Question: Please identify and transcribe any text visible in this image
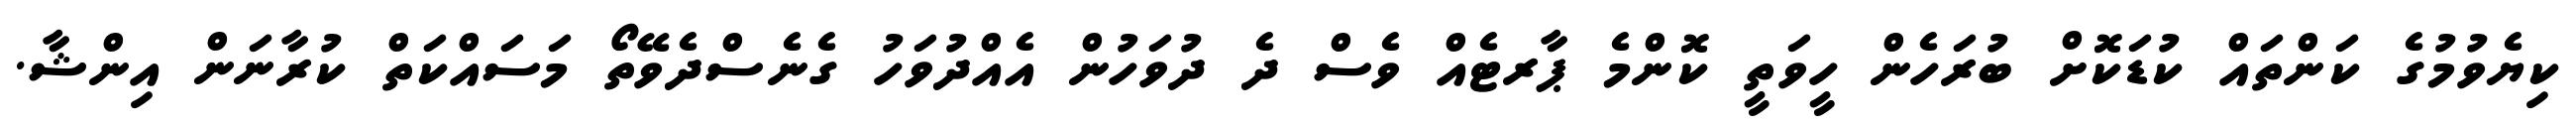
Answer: ކިޔެވުމުގެ ކަންތައް ކުޑަކޮށް ބުރަހެން ހީވަތީ ކޮންމެ ޕާރޓެއް ވެސް ދެ ދުވަހުން އެއްދުވަހު ގެނެސްދެވޭތޯ މަސައްކަތް ކުރާނަން އިންޝާ.